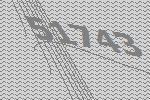
51743